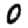
Digit: 0